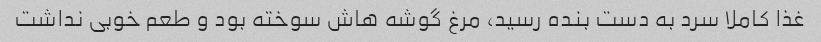
غذا کاملا سرد به دست بنده رسید، مرغ گوشه هاش سوخته بود و طعم خوبی نداشت